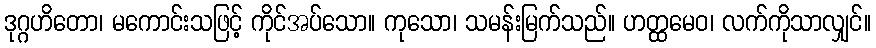
ဒုဂ္ဂဟိတော၊ မကောင်းသဖြင့် ကိုင်အပ်သော။ ကုသော၊ သမန်းမြက်သည်။ ဟတ္ထမေဝ၊ လက်ကိုသာလျှင်။